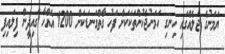
ޔަމަނުގެ ޖަލެއްގައި ހިނގި ހަމަނުޖެހުންތަކަކަށް ފަހު ގާތްގަނޑަކަށް 1200 އެއްހާ ގައިދީން ފިލައިފި